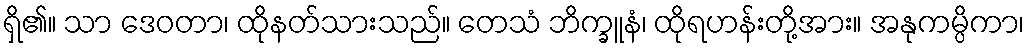
ရှိ၏။ သာ ဒေဝတာ၊ ထိုနတ်သားသည်။ တေသံ ဘိက္ခူနံ၊ ထိုရဟန်းတို့အား။ အနုကမ္ပိကာ၊